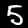
Digit: 5